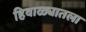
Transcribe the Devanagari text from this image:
हिवाळ्यातला